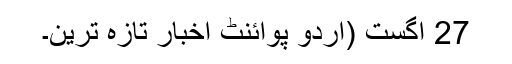
27 اگست (اُردو پوائنٹ اخبار تازہ ترین۔